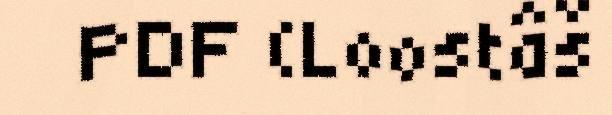
PDF (Loostâš